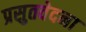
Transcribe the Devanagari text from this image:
प्रसुतवेदना